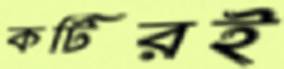
কটিরই